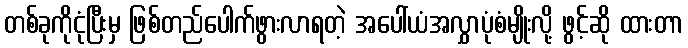
တစ်ခုကိုငုံပြီးမှ ဖြစ်တည်ပေါက်ဖွားလာရတဲ့ အပေါ်ယံအလွှာပုံစံမျိုးလို့ ဖွင့်ဆို ထားတာ